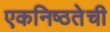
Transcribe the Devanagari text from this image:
एकनिष्ठतेची